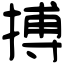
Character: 搏